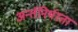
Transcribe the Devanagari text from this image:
अर्न्तनिर्भरता